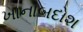
ખાનાબદોશ